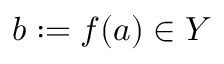
b : = f ( a ) \in Y